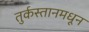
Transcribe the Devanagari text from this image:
तुर्कस्तानमधून